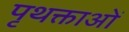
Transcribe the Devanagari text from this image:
पृथक्ताओं